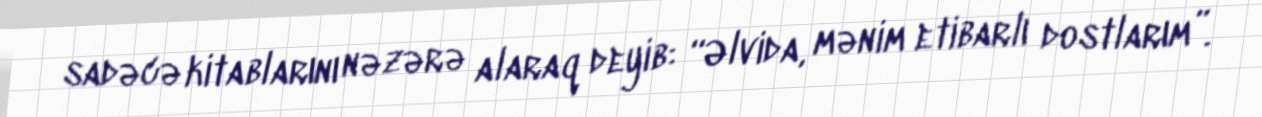
sadəcə kitablarını nəzərə alaraq deyib: “Əlvida, mənim etibarlı dostlarım”.